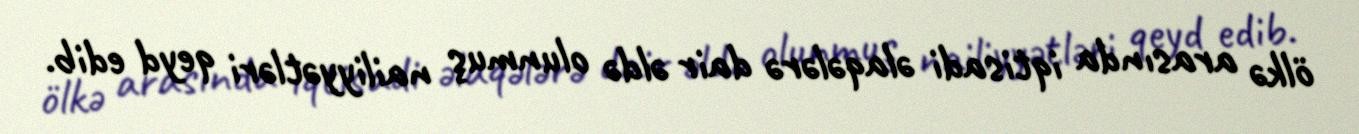
ölkə arasında iqtisadi əlaqələrə dair əldə olunmuş nailiyyətləri qeyd edib.